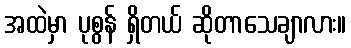
အထဲမှာ ပုစွန် ရှိတယ် ဆိုတာသေချာလား။